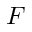
F